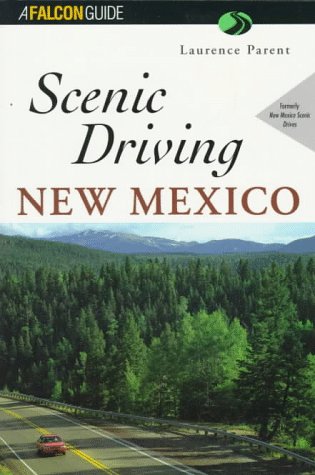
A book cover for Scenic Driving New Mexico (Scenic Driving Series); Laurence Parent; Travel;